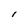
Character: I